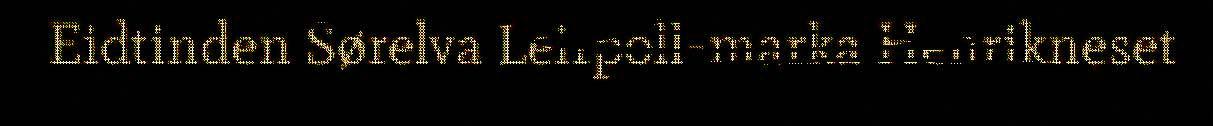
Eidtinden Sørelva Leirpoll-marka Henrikneset